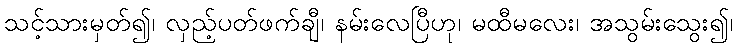
သင့်သားမှတ်၍၊ လှည့်ပတ်ဖက်ချီ၊ နမ်းလေပြီဟု၊ မထီမလေး၊ အသွမ်းသွေး၍၊